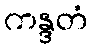
ကန္ဒတံ